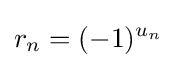
r_{n}=(-1)^{u_{n}}